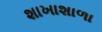
શાખાશાળા